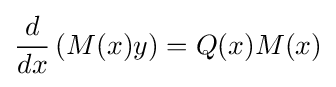
{\frac {d}{dx}}\left(M(x)y\right)=Q(x)M(x)